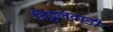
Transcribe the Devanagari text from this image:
विट्ठलवाडी